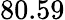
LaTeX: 80.59